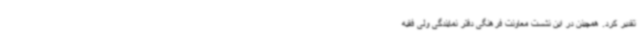
تقدیر کرد. همچینن در این نشست معاونت فرهنگی دفتر نمایندگی ولی فقیه